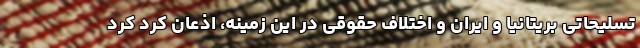
تسلیحاتی بریتانیا و ایران و اختلاف حقوقی در این زمینه، اذعان کرد کرد